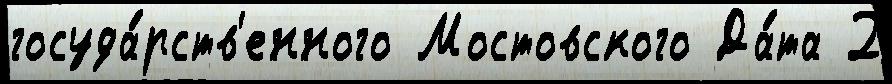
госуда́рств'енного Мостовского Да́та 2